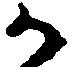
か